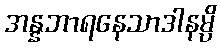
အန္နဘာရနေသာဒါနမ္ပိ